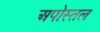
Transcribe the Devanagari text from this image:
अपोस्तल